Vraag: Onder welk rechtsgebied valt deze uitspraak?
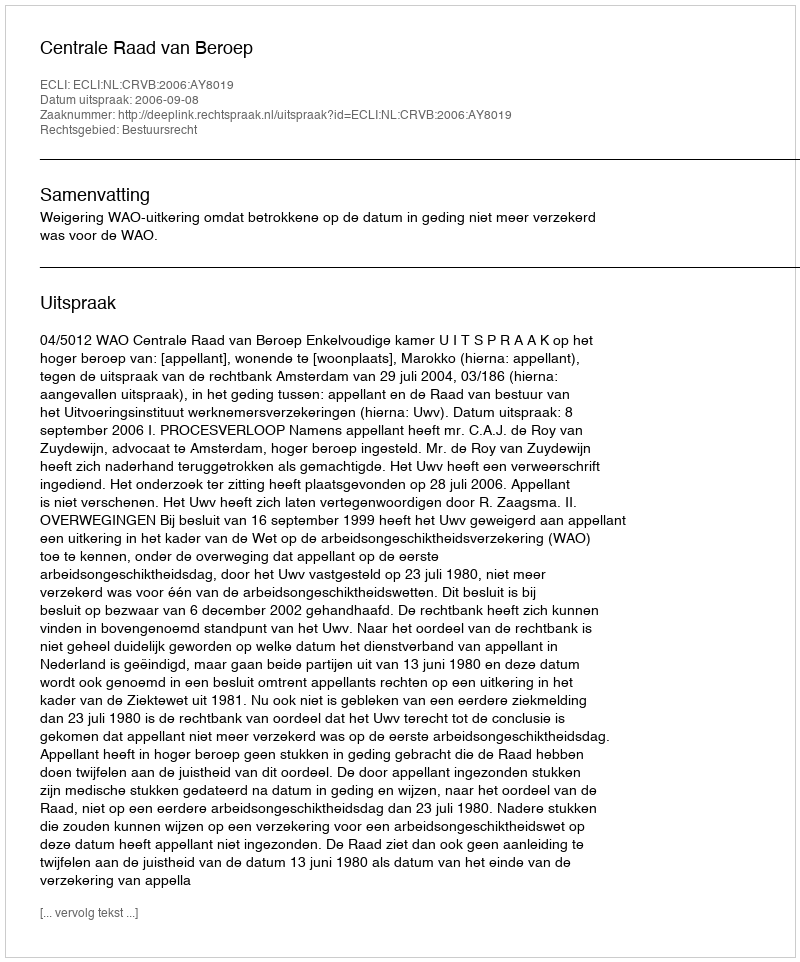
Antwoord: Bestuursrecht